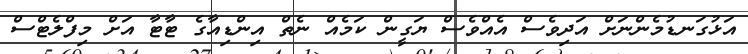
އަޅުގަނޑުމެންނަށް އަދިވެސް އެއްވެސް ޔަގީން ކަމެއް ނެތް އިންޑިއާގެ ޓާޓާ އަށް މިފްލެޓްސް